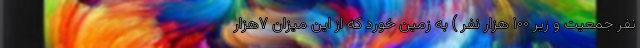
نفر جمعیت و زیر ۱۰۰ هزار نفر ) به زمین خورد که از این میزان ۷هزار